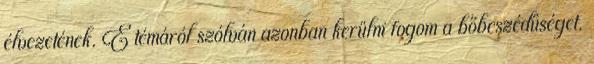
élvezetének. E témáról szólván azonban kerülni fogom a bőbeszédűséget.